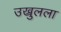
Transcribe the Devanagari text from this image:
उख्रुलला